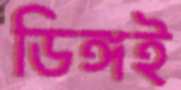
ডিঙ্গই